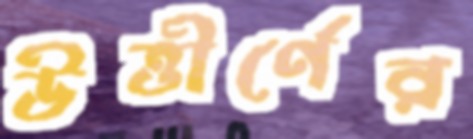
উত্তীর্ণের